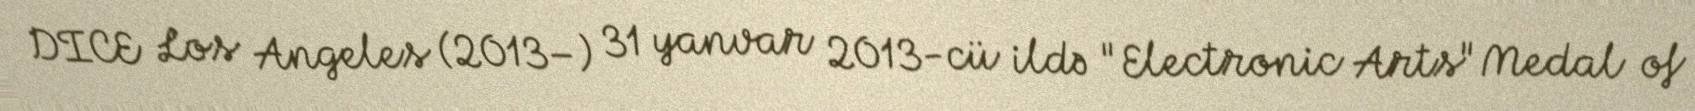
DICE Los Angeles (2013–) 31 yanvar 2013-cü ildə "Electronic Arts"Medal of